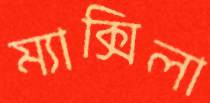
ম্যাক্সিলা